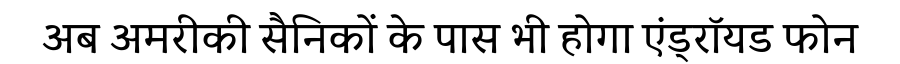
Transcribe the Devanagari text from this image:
अब अमरीकी सैनिकों के पास भी होगा एंड्रॉयड फोन